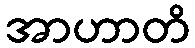
အာဟာတိ